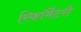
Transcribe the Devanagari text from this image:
रिफॉर्मेटरी